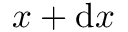
x + \mathrm { d } x